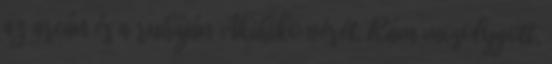
az arcán és a ruháján Akihiko vérét. Rám mosolygott,